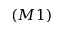
( M 1 )